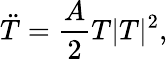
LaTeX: \ddot{T}=\frac{A}{2}T|T|^{2},